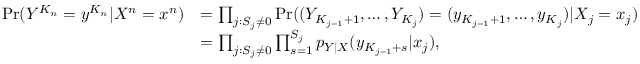
\begin{array} { r l } { \operatorname* { P r } ( Y ^ { K _ { n } } = y ^ { K _ { n } } | X ^ { n } = x ^ { n } ) } & { = \prod _ { j : S _ { j } \neq 0 } \operatorname* { P r } ( ( Y _ { K _ { j - 1 } + 1 } , \dots , Y _ { K _ { j } } ) = ( y _ { K _ { j - 1 } + 1 } , \dots , y _ { K _ { j } } ) | X _ { j } = x _ { j } ) } \\ & { = \prod _ { j : S _ { j } \neq 0 } \prod _ { s = 1 } ^ { S _ { j } } p _ { Y | X } ( y _ { K _ { j - 1 } + s } | x _ { j } ) , } \end{array}